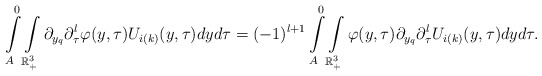
\begin{align*}\int\limits_{A}^{0}\int\limits_{\mathbb{R}^{3}_{+}}\partial_{y_{q}}\partial_{\tau}^{l}\varphi(y,\tau)U_{i(k)}(y,\tau) dy d\tau= (-1)^{l+1}\int\limits_{A}^{0}\int\limits_{\mathbb{R}^{3}_{+}}\varphi(y,\tau)\partial_{y_{q}}\partial_{\tau}^{l}U_{i(k)}(y,\tau) dy d\tau.\end{align*}